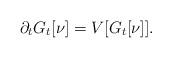
LaTeX: \begin{align*} \partial_t G_t[\nu]=V[G_t[\nu]] .\end{align*}